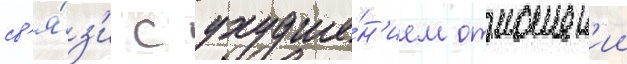
св'я́з'и с ухудше́н'ием отношен'ии